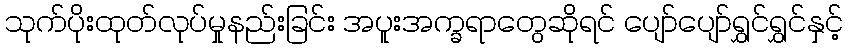
သုက်ပိုးထုတ်လုပ်မှုနည်းခြင်း အပူးအက္ခရာတွေဆိုရင် ပျော်ပျော်ရွှင်ရွှင်နှင့်